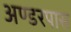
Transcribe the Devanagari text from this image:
अण्डरपास